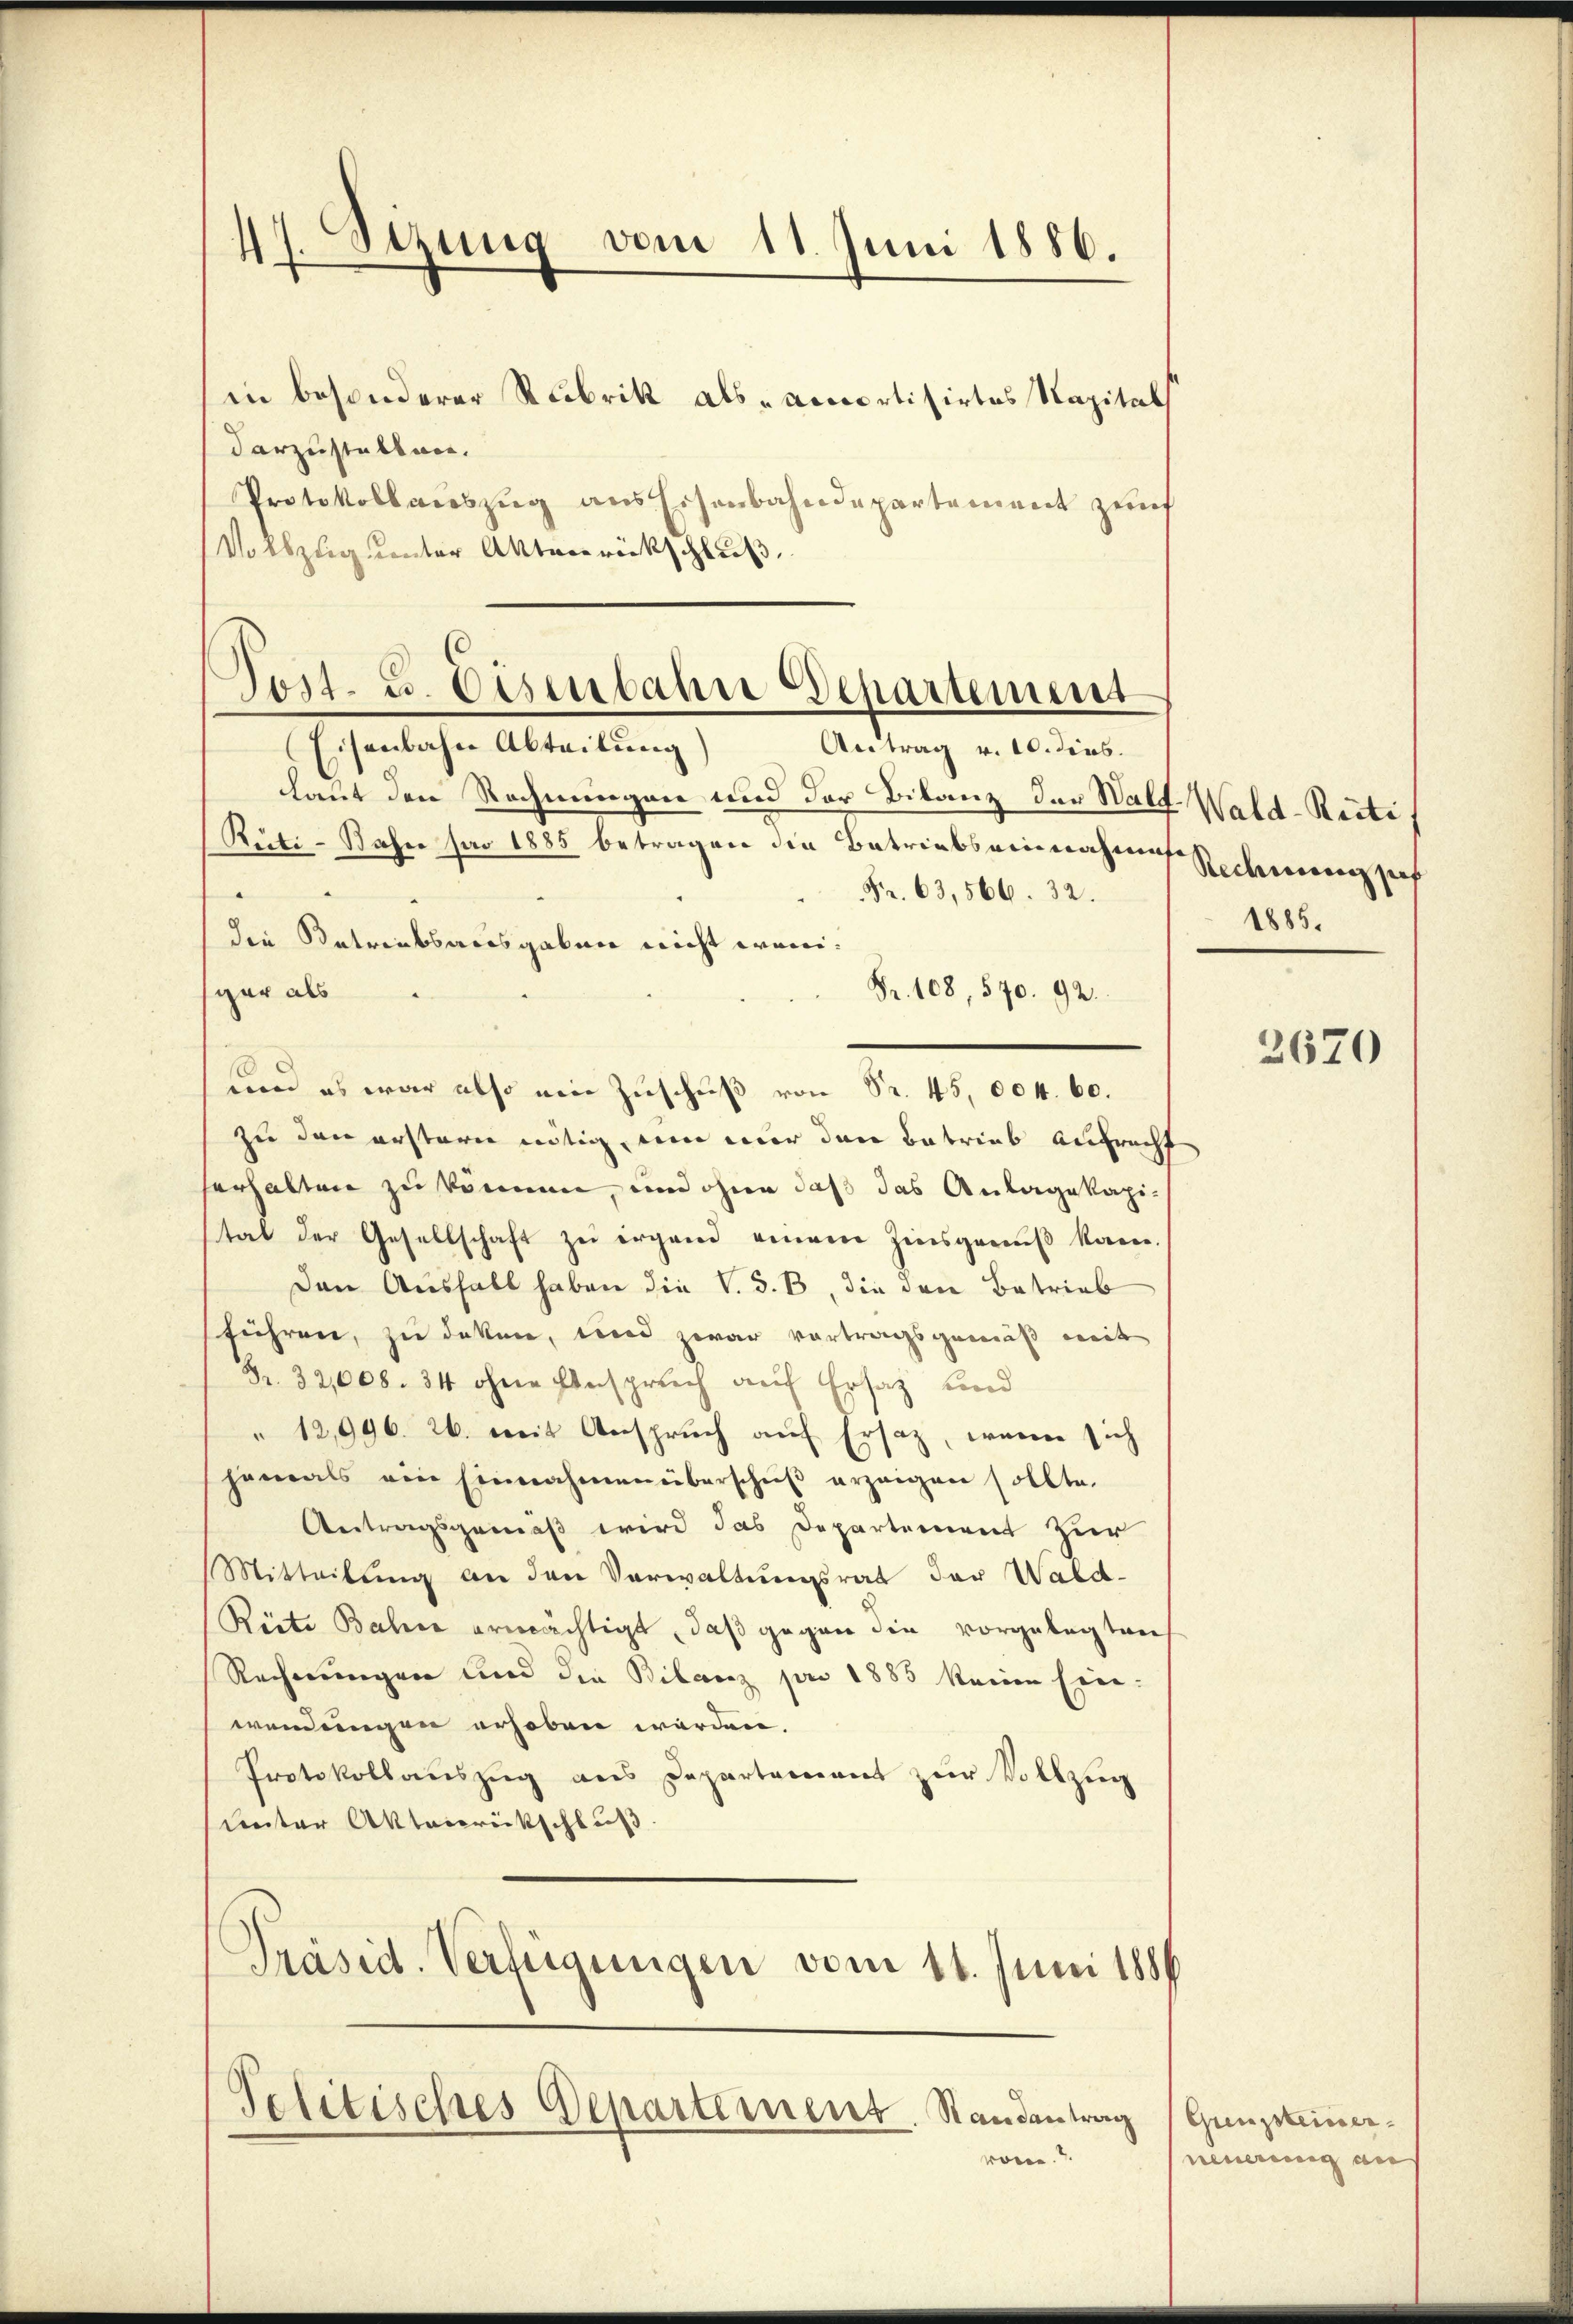
47. Stzung vom 11. Juni 1886.

in besonderer Rubrik als Amortisirtes Kapitals
darzustalten.
Protokollauszug aus Eisenbahndepartement zunf
Vollzug unter Aktenrückschluß

Post- u. Eisenbahn Departement
Eisenbahn Abteilung
Antrag v. 10. dies.

Politisches Departement. Standentrag (Gunsteiner¬

Laut den Rechnungen und der Bilanz der Wald. Wald-Reite
Rüti-Bahn par 1885 betragen die Betriebseinnahmen Rechnung sich
e
Fr. 63, 566. 32.
die Betreibsausgaben nicht weni¬
Fr. 108, 570. 92.
war als
und es war also ein Zuschuß von Sr. 45, 004. 60.
zu den erstern nötig, um mir den Betrieb aufrecht
serhalten zu können, und ohne daß das Anlagekapital der Gesellschaft zu irgend einem Zinsgenuß kam.
Den Ausfall haben die V. S. B, die den Betrieb
sführen, zu deken, und zwar vortragsgemäß mit
Br. 32,008. 34 ohne Anspruch auf Ersatz und
"12,996. 26. mit Anspruch auf Ersatz, wenn sich
jemals ein Einnahmen überschŭβ erzeigen sollte.
Antragsgemäß wird das Departement zur
Mitteilung an den Verwaltungsrat der Wald-
Riete Baline ermächtigt, daß gegen die vorgelegten
Rechnungen und der Bilanz pro 1885 keine Einwendungen erhoben werden,
Protokollauszug aus Departement zur Vollzug
unter Aktenrückschluß
Präsid. Verfügungen vom 11. Juni 1886

woren.

1885.

2670

neuerung de